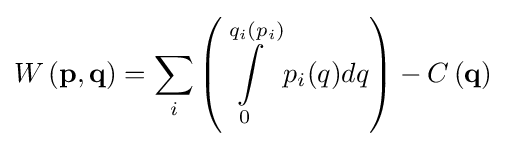
W\left(\mathbf {p,q} \right)=\sum _{i}\left(\int \limits _{0}^{q_{i}(p_{i})}p_{i}(q)dq\right)-C\left(\mathbf {q} \right)